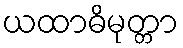
ယထာဓိမုတ္တာ